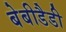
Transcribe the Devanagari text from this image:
बेबीडैडी